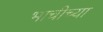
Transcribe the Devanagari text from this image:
भाचीच्या